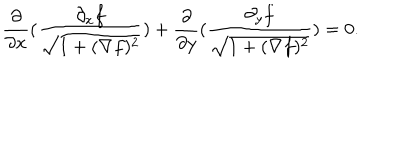
\frac { \partial } { \partial x } ( \frac { \partial _ { x } f } { \sqrt { 1 + ( \nabla f ) ^ { 2 } } } ) + \frac { \partial } { \partial y } ( \frac { \partial _ { y } f } { \sqrt { 1 + ( \nabla f ) ^ { 2 } } } ) = 0 .